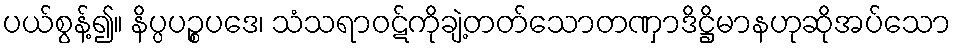
ပယ်စွန့်၍။ နိပ္ပပဉ္စပဒေ၊ သံသရာဝဋ်ကိုချဲ့တတ်သောတဏှာဒိဋ္ဌိမာနဟုဆိုအပ်သော